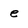
Character: e